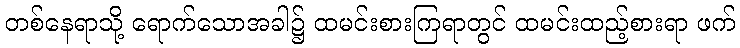
တစ်နေရာသို့ ရောက်သောအခါ၌ ထမင်းစားကြရာတွင် ထမင်းထည့်စားရာ ဖက်